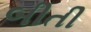
બીતી